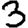
Digit: 3